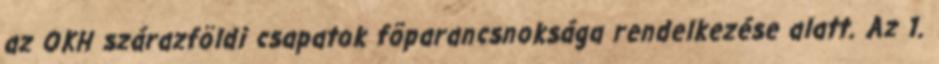
az OKH szárazföldi csapatok fõparancsnoksága rendelkezése alatt. Az 1.